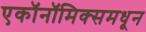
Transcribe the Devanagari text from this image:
एकॉनॉमिक्समधून